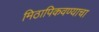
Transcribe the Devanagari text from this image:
मिठापिकवण्याचा